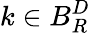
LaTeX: k\in B_{R}^{D}